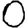
Digit: 0